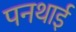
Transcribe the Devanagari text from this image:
पनथाई